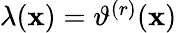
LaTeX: \begin{array}{r}{\lambda(\mathbf{x})=\vartheta^{(r)}(\mathbf{x})}\end{array}